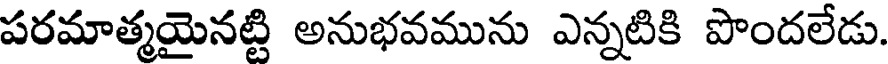
పరమాత్మయైనట్టి అనుభవమును ఎన్నటికి పొందలేడు.